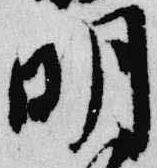
明